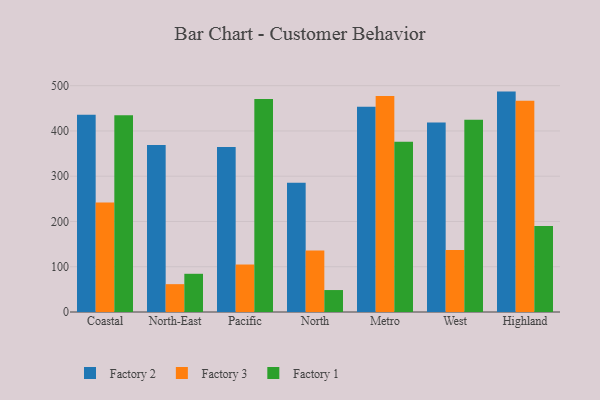
{"axis": {"x": "Region", "y": "Energy Usage (MWh)"}, "legend": ["Factory 1", "Factory 2", "Factory 3"], "data": [{"x": "Coastal", "y": 435.8, "type": "Factory 2"}, {"x": "Coastal", "y": 241.7, "type": "Factory 3"}, {"x": "Coastal", "y": 434.6, "type": "Factory 1"}, {"x": "North-East", "y": 368.8, "type": "Factory 2"}, {"x": "North-East", "y": 61.5, "type": "Factory 3"}, {"x": "North-East", "y": 84.4, "type": "Factory 1"}, {"x": "Pacific", "y": 364.5, "type": "Factory 2"}, {"x": "Pacific", "y": 104.9, "type": "Factory 3"}, {"x": "Pacific", "y": 470.3, "type": "Factory 1"}, {"x": "North", "y": 285.8, "type": "Factory 2"}, {"x": "North", "y": 136.0, "type": "Factory 3"}, {"x": "North", "y": 48.5, "type": "Factory 1"}, {"x": "Metro", "y": 453.5, "type": "Factory 2"}, {"x": "Metro", "y": 477.3, "type": "Factory 3"}, {"x": "Metro", "y": 376.3, "type": "Factory 1"}, {"x": "West", "y": 418.8, "type": "Factory 2"}, {"x": "West", "y": 136.7, "type": "Factory 3"}, {"x": "West", "y": 424.6, "type": "Factory 1"}, {"x": "Highland", "y": 486.9, "type": "Factory 2"}, {"x": "Highland", "y": 466.5, "type": "Factory 3"}, {"x": "Highland", "y": 189.8, "type": "Factory 1"}]}